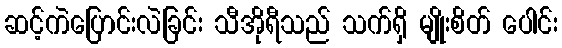
ဆင့်ကဲပြောင်းလဲခြင်း သီအိုရီသည် သက်ရှိ မျိုးစိတ် ပေါင်း